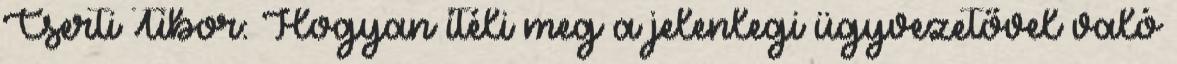
Cserti Tibor: Hogyan ítéli meg a jelenlegi ügyvezetővel való